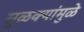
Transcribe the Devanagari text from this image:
सुळक्यांमुळे